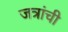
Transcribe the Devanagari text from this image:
जत्रांची